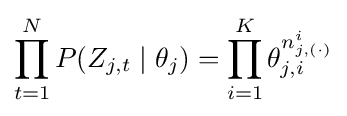
\prod _{t=1}^{N}P(Z_{j,t}\mid \theta _{j})=\prod _{i=1}^{K}\theta _{j,i}^{n_{j,(\cdot )}^{i}}